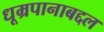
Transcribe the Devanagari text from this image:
धूम्रपानाबद्दल